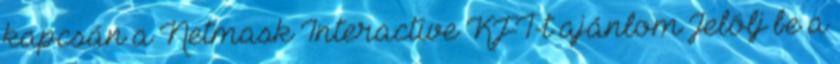
kapcsán a Netmask Interactive KFT-t ajánlom Jelölj be a